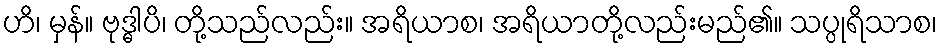
ဟိ၊ မှန်။ ဗုဒ္ဓါပိ၊ တို့သည်လည်း။ အရိယာစ၊ အရိယာတို့လည်းမည်၏။ သပ္ပုရိသာစ၊